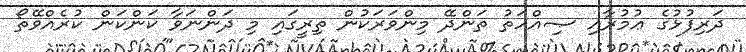
ދަރިފުޅުގެ ޢުމުރާއި ޞިއްހަތު ތަންދޭ މިންވަރަކުން ތިރީގައި މި ދަންނަވާ ކަންކަން ކުރެއްވޭތޯ